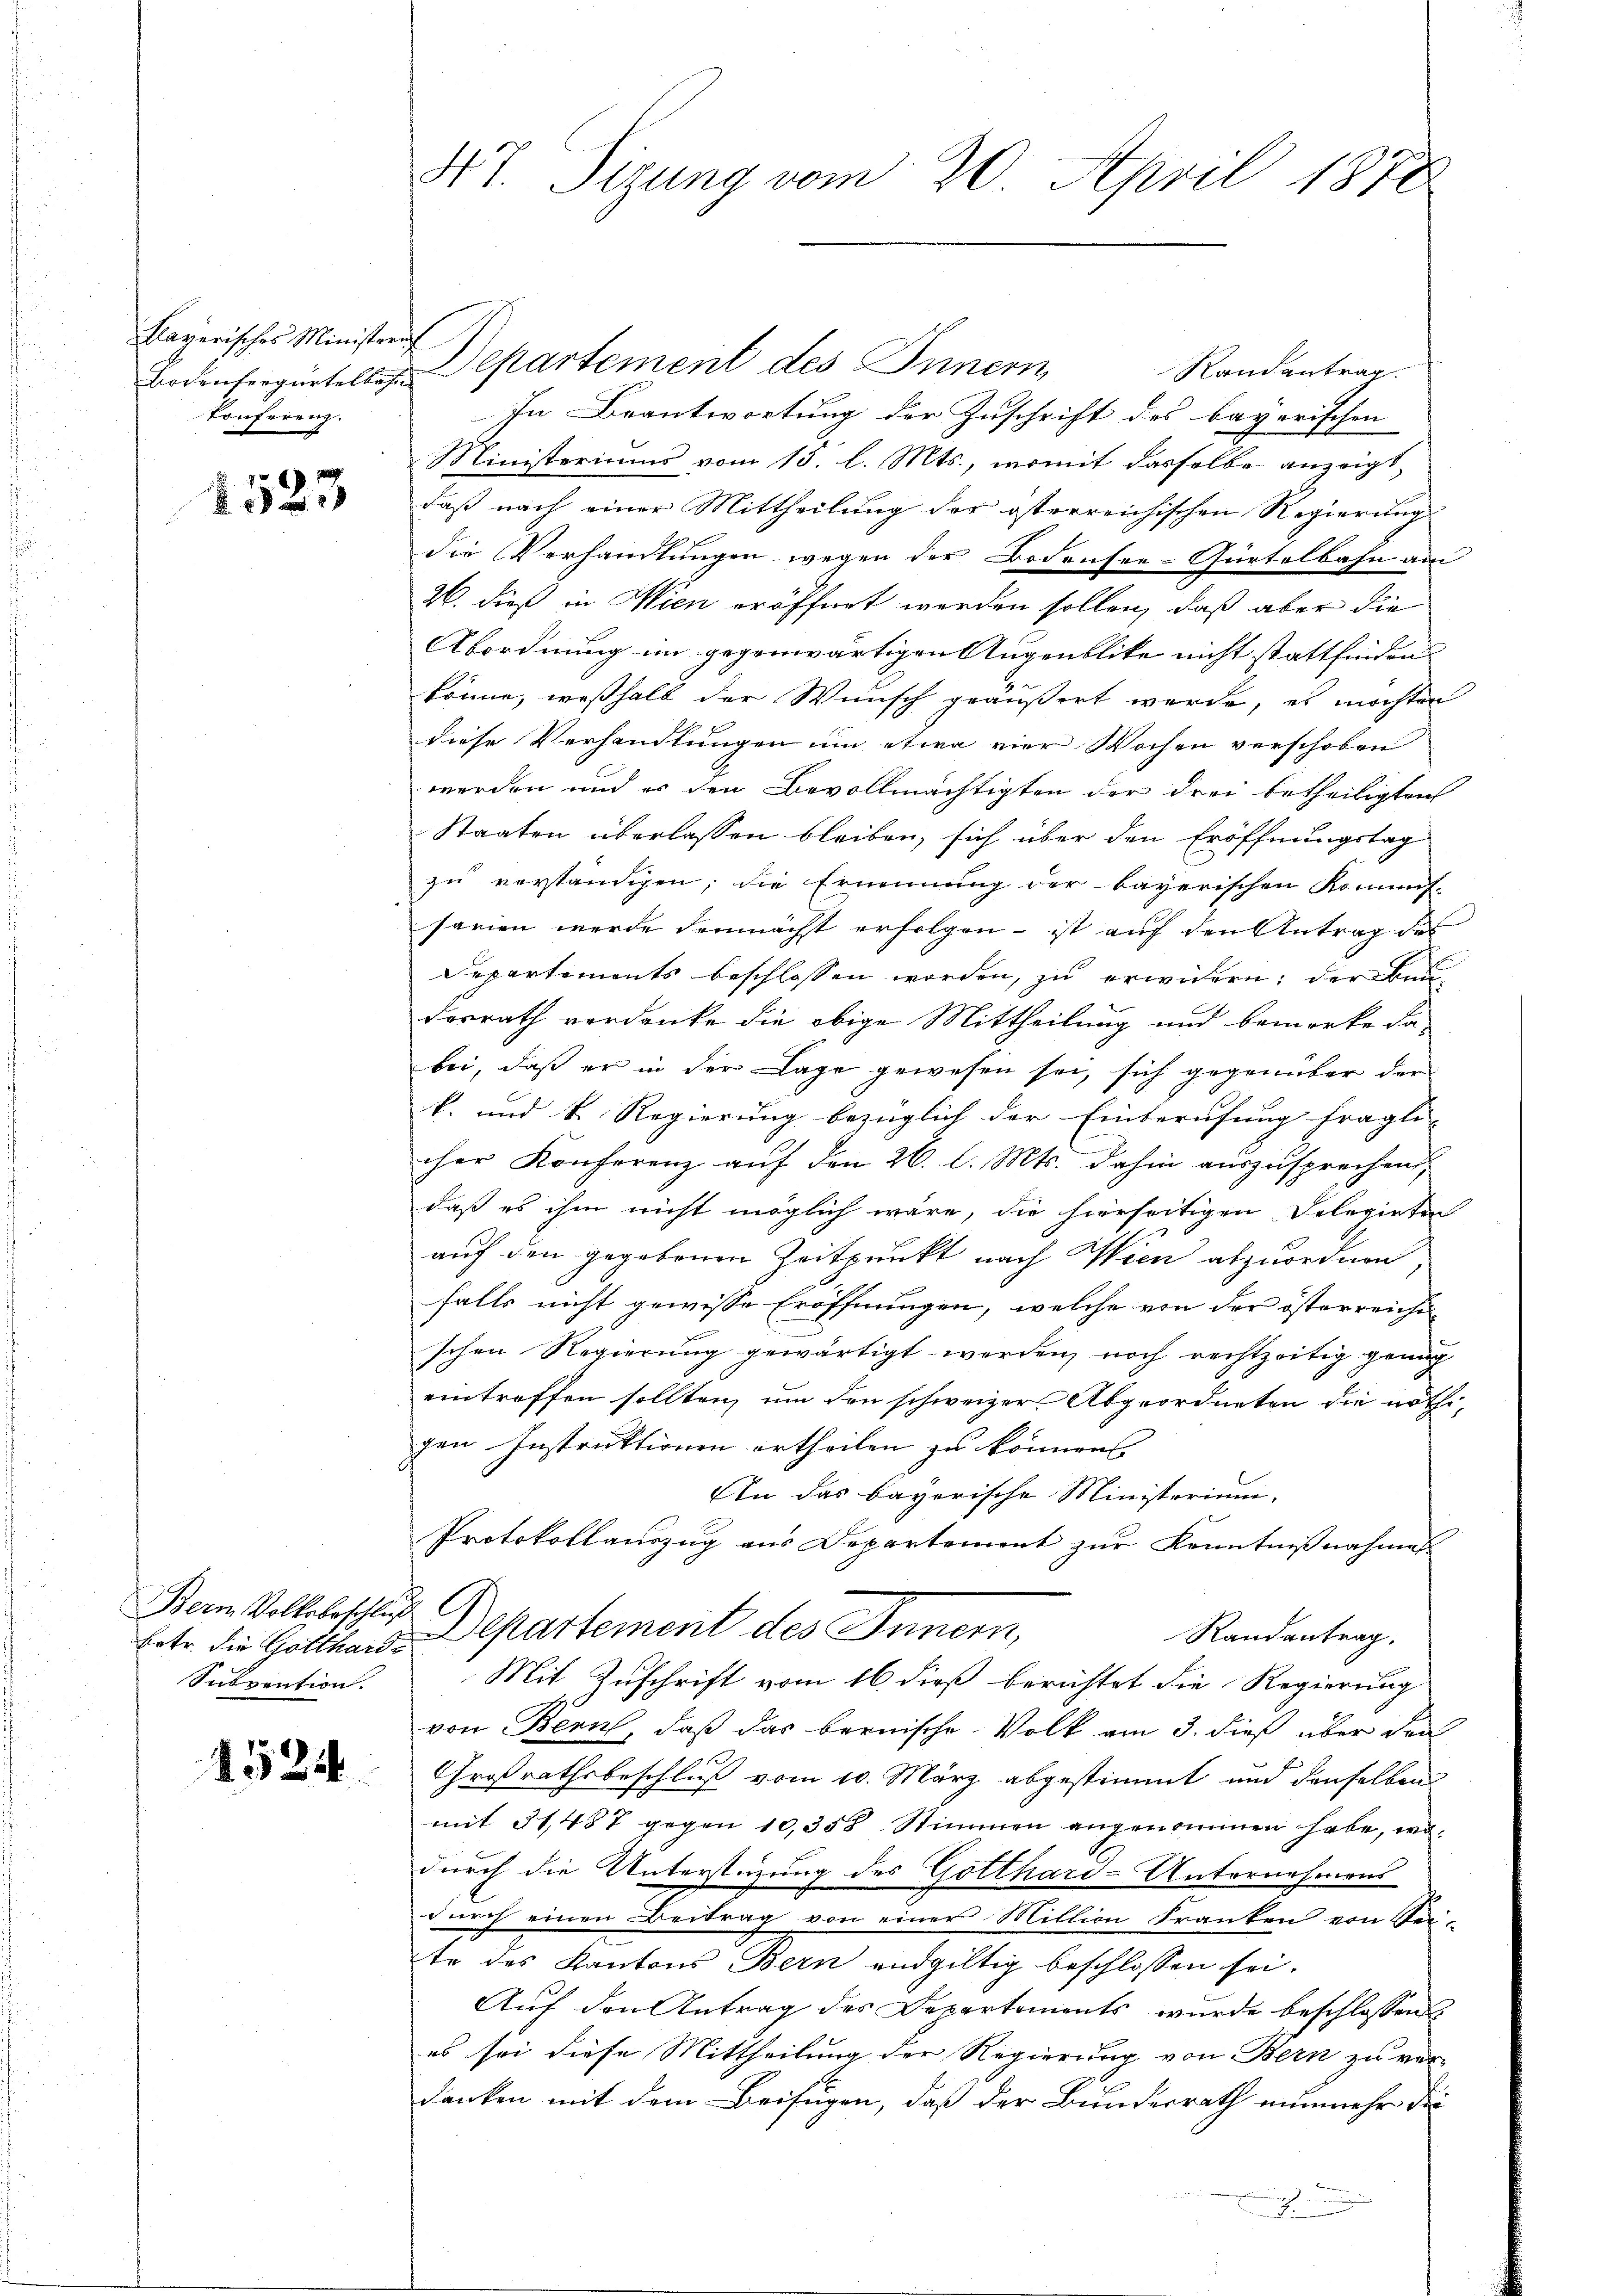
klaverisches Ministeruf
Conferenz.

2523

Berm Volksbeschluß
Subvention.

1524

47. Sizung vom 20. April 1870

Randantrag.
In Beantwortung der Zuschrift des bayerischen
Ministeriums vom 13. l. Mts., womit dasselbe anzeigt,
daß nach einer Mittheilung der österreichischen Regierung
die Verhandlungen wegen der Bodensee-Gürtelbahn am
26. dieß in Wien eröffnet werden sollen, daß aber die
Abordnung im gegenwärtigen Augenblicke nicht stattfinden
könne, weßhalb der Wunsch geäußert werde, es möchten
diese Verhandlungen um etwa vier Wochen verschoben
werden und er den Bevollmächtigten der drei betheiligten
Staaten überlassen bleiben, sich über den Eröffnungstag
zu verständigen; die Ernennung der bayerischen Kommis-
sarien werde demnächst erfolgen – ist auf den Antrag des
Departements beschlossen worden, zu erwidern, der Bau¬
Dorrath verdanke die obige Mittheilung und bemerke da
bei, daß er in der Lage gewesen sei, sich gegenüber der
k. und k. Regierung bezüglich der Einberufung fragli- |
cher Konferenz auf den 26. l. Mts. dahin auszusprechen,
daß es ihm nicht möglich wäre, die hierseitigen Delegirten
auf den gegebenen Zeitpunkt nach Wien abzuordnen
falls nicht gewisse Eröffnungen, welche von der österreichi
schen Regierung gewärtigt werden, noch rechtzeitig genug
eintreffen sollten, um den schweizer Abgeordneten die nöthigen Instruktionen ertheilen zu können.
An das bayerische Ministerium,
Protokollauszug aus Departement zur Kenntnißnahmes
hete die Gotthaus Departement des Innern,
Randantrag.
Mit Zuschrift vom 16. dieß berichtet die Regierung
von Bern, daß das bernische Volk am 3. dieß über den
Großrathsbeschluß vom 10. März abgestimmt und denselben
mit 31487 gegen 10,358 Stimmen angenommen habe, wodurch die Unterstüzung des Gotthard-Unternehmens
durch einen Beitrag von einer Million Franken von Sei-
te des Kantons Bern endgültig beschlossen sei.
Auf den Antrag des Departements wurde beschlossen
es sei diese Mittheilung der Regierung von Bern zu ver-
danken mit dem Beifügen, daß der Bundesrath nunmehr die

Bodenseegürtelle Departement des Innern,